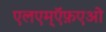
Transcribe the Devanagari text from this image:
एलएम्ऍफ़एओ